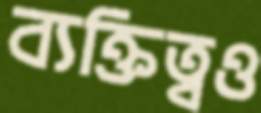
ব্যক্তিত্বও